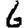
Digit: 6